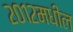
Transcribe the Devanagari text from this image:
२०१२मधील